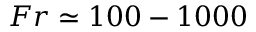
F r \simeq 1 0 0 - 1 0 0 0